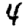
Digit: 4